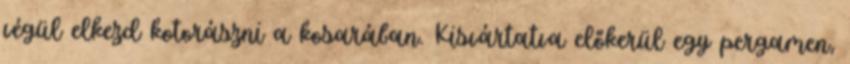
végül elkezd kotorászni a kosarában. Kisvártatva előkerül egy pergamen,